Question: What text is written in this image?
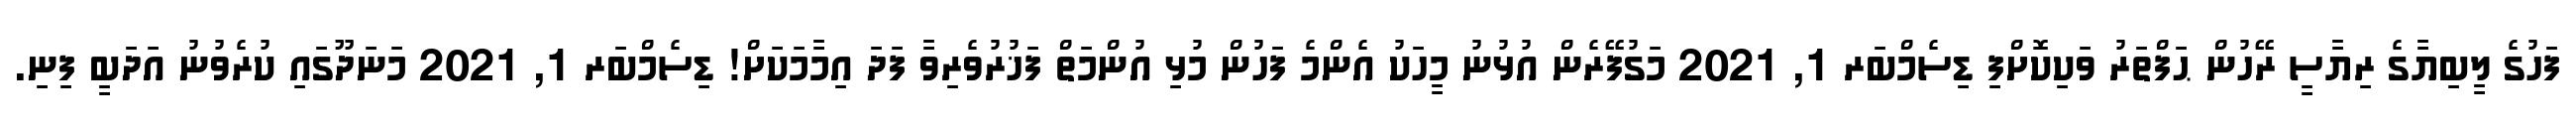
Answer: ފަހުގެ ލީބިޔާގެ ރިޔާސީ ރޭހުން ޙަފްތަރު ވަކިކޮށްފި ޑިސެމްބަރ 1, 2021 މަގުފޭރެން އުޅުނު މީހަކު އެންމެ ފަހުން މުޅި އުންމަތް ފަޚުރުވެރިވާ ފަދަ އިމާމަކަށް! ޑިސެމްބަރ 1, 2021 މަނަދޫގައި ކުރެވުނު އަދަބީ ފިނި.